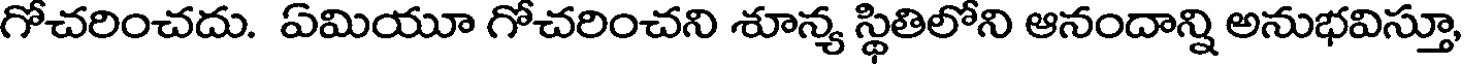
గోచరించదు. ఏమియూ గోచరించని శూన్య స్థితిలోని ఆనందాన్ని అనుభవిస్తూ